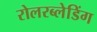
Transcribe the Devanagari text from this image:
रोलरब्लेडिंग